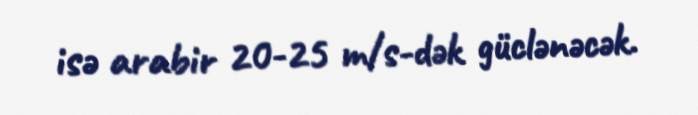
isə arabir 20-25 m/s-dək güclənəcək.